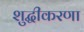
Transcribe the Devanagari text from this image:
शुद्धीकरणा